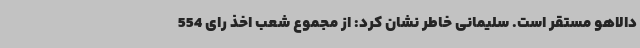
دالاهو مستقر است. سلیمانی خاطر نشان کرد: از مجموع شعب اخذ رای 554